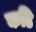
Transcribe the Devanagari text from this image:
कडि